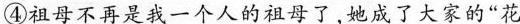
④祖母不再是我一个人的祖母了,她成了大家的“花